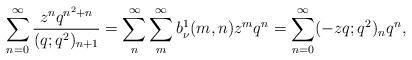
LaTeX: \begin{align*} \sum_{n=0}^{\infty} \frac{z^nq^{n^2+n}}{(q;q^2)_{n+1}}=\sum_{n}^{\infty}\sum_{m}^{\infty}b^1_\nu(m,n)z^m q^n=\sum_{n=0}^{\infty}(-zq;q^2)_n q^n,\end{align*}